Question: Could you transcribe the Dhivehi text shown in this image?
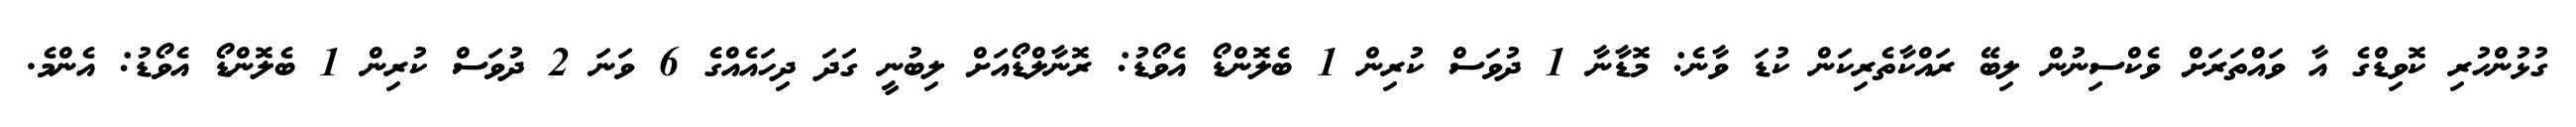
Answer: ގުޅުންހުރި ކޮވިޑްގެ އާ ވައްތަރަށް ވެކްސިނުން ލިބޭ ރައްކާތެރިކަން ކުޑަ ވާނެ: މޮޑާނާ 1 ދުވަސް ކުރިން 1 ބެލޮންޑޯ އެވޯޑު: ރޮނާލްޑޯއަށް ލިބުނީ ގަދަ ދިހައެއްގެ 6 ވަނަ 2 ދުވަސް ކުރިން 1 ބެލޮންޑޯ އެވޯޑު: އެންމެ.